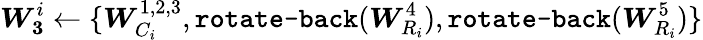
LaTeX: \boldsymbol{W_{3}}^{i}\leftarrow\{ \boldsymbol{W}_{C_{i}}^{1,2,3},\texttt{rotate-back}(\boldsymbol{W}_{R_{i}}^{4}),\texttt{rotate-back}(\boldsymbol{W}_{R_{i}}^{5})\}